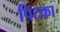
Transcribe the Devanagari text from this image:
पिटका